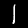
Label: 1